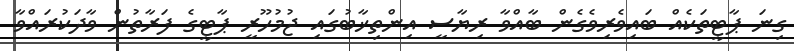
ގިނަ ޕާޓީތަކެއް ބައިވެރިވެގެން ބާއްވާ ރިޔާސީ އިންތިޚާބުގައި ޖުމުހޫރީ ޕާޓީގެ ފަރާތުން ވާދަކުރައްވާ